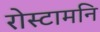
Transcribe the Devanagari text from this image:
रोस्टामनि